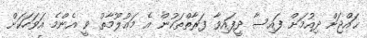
ޙައްޖަށް ދިއުމަށް ފައިސާ ދީފައިވާ ފަރާތްތަކުން އެ މަޢުލޫމާތު ވީ އެންމެ އަވަހަކަށް